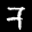
Digit: 7